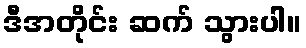
ဒီအတိုင်း ဆက် သွားပါ။